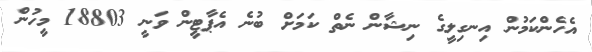
އެހެންކަމުން އިނގިލީގެ ނިޝާން ނެތް ކަމަށް ބުނެ އެޕާޓީން ވަނީ 18803 މީހުން